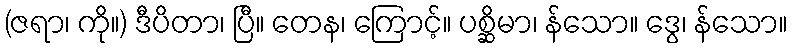
(ဇရာ၊ ကို။) ဒီပိတာ၊ ပြီ။ တေန၊ ကြောင့်။ ပစ္ဆိမာ၊ န်သော။ ဒွေ၊ န်သော။